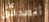
أتصدقين